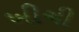
ખીચી